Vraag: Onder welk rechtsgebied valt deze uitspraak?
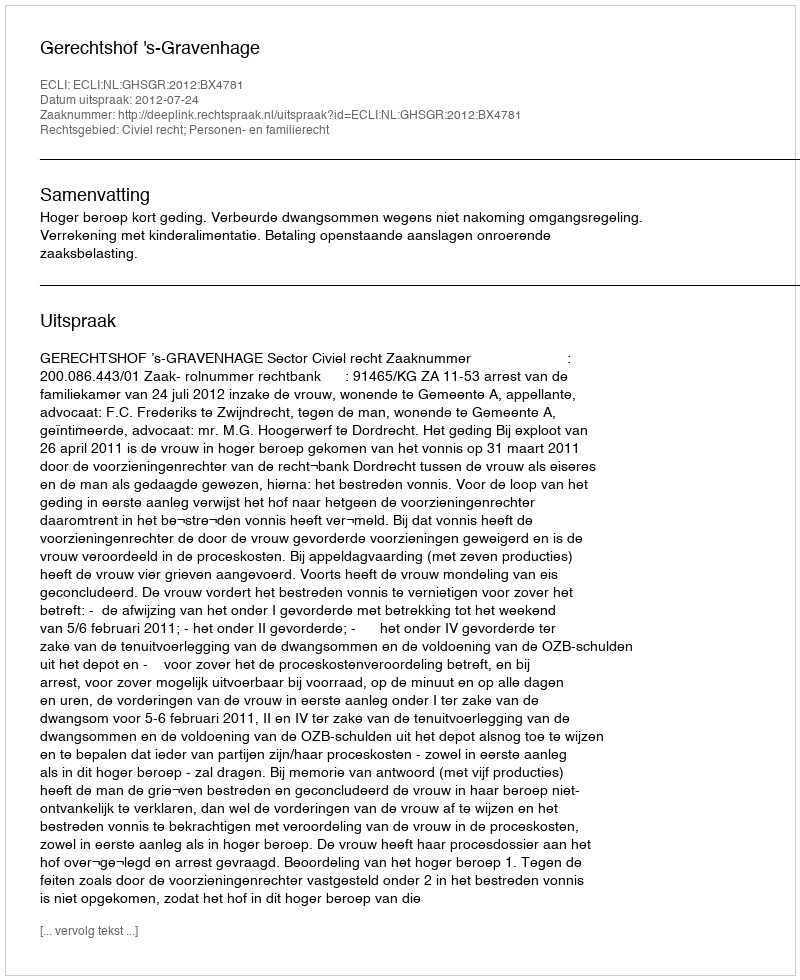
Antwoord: Civiel recht; Personen- en familierecht